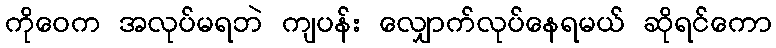
ကိုဝေက အလုပ်မရဘဲ ကျပန်း လျှောက်လုပ်နေရမယ် ဆိုရင်ကော